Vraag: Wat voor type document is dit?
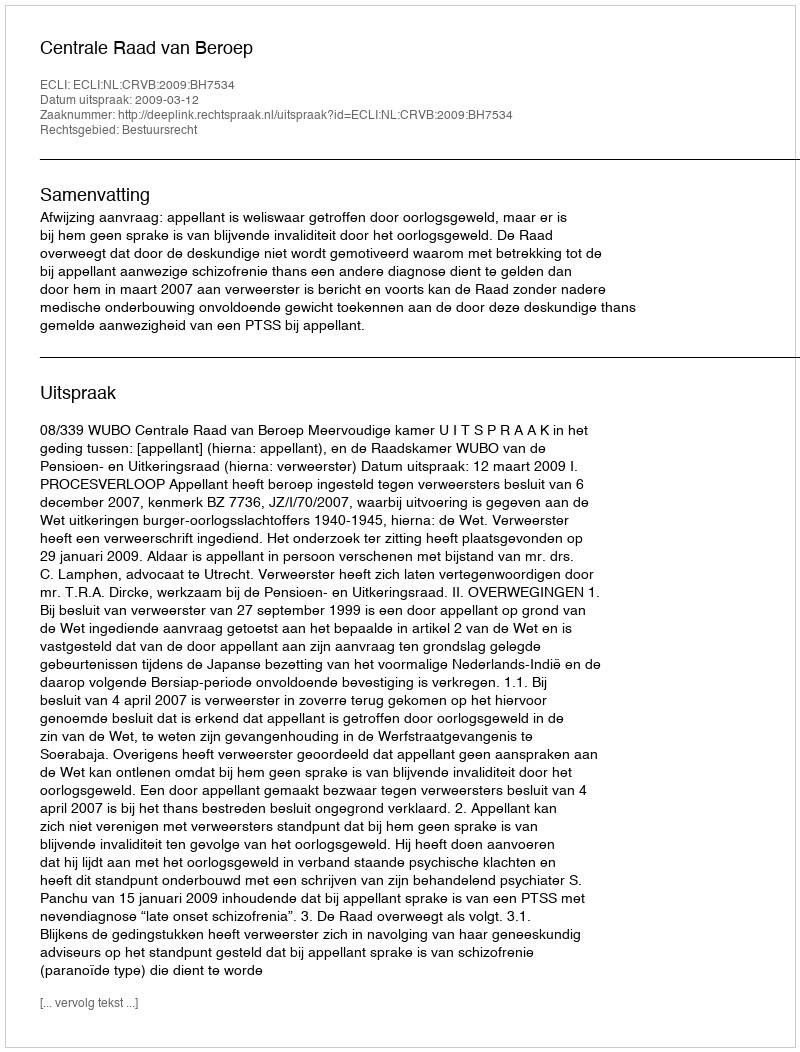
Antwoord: Uitspraak